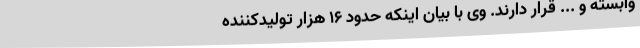
وابسته و ... قرار دارند. وی با بیان اینکه حدود 16 هزار تولیدکننده